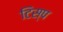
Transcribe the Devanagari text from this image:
टिस्प